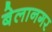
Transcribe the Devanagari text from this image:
बेलानगर